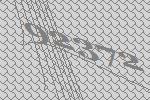
92372